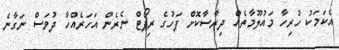
އެކަމަކު ހުރިހާ މައުލޫމާތެއް ދިރާސާކޮށް ފަހުގެ ރިޕޯޓް ނެރެން އަހަރެއްހާ ދުވަސް ނަގާނެ